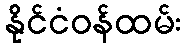
နိုင်ငံဝန်ထမ်း